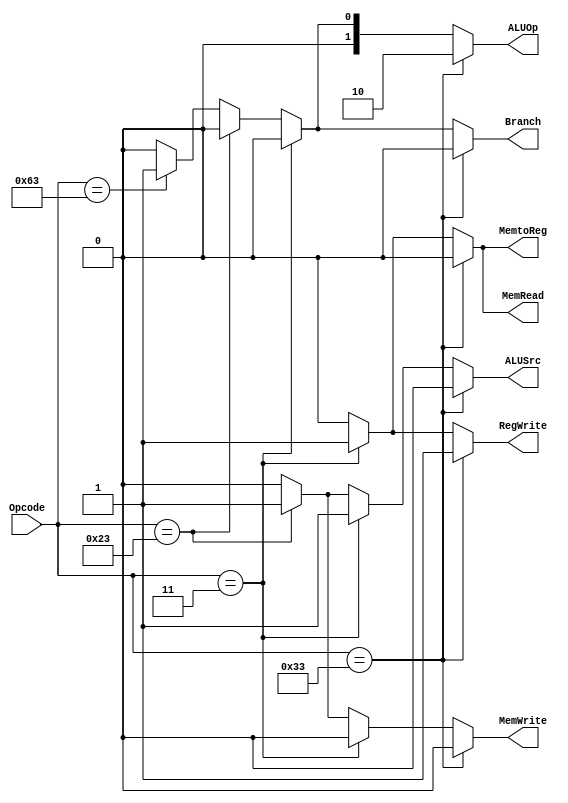
module Control_Unit
(
	input [6:0]Opcode,
	output reg Branch,
	output reg MemRead,
	output reg MemtoReg,
	output reg[1:0] ALUOp,
	output reg MemWrite,
	output reg ALUSrc,
	output reg RegWrite
);
always@(Opcode)
begin
	if (Opcode == 7'b0110011)
	begin
		ALUSrc = 1'b0;
		MemtoReg = 1'b0;
		RegWrite = 1'b1;
		MemRead = 1'b0;
		MemWrite = 1'b0;
		Branch = 1'b0;
		ALUOp = 2'b10;
	end
	
	else if (Opcode == 7'b0000011)
	begin
		ALUSrc = 1'b1;
		MemtoReg = 1'b1;
		RegWrite = 1'b1;
		MemRead = 1'b1;
		MemWrite = 1'b0;
		Branch = 1'b0;
		ALUOp = 2'b00;
	end

	else if (Opcode == 7'b0100011)
	begin
		ALUSrc = 1'b1;
		MemtoReg = 1'b0;
		RegWrite = 1'b0;
		MemRead = 1'b0;
		MemWrite = 1'b1;
		Branch = 1'b0;
		ALUOp = 2'b00;
	end

	else if (Opcode == 7'b1100011)
	begin
		ALUSrc = 1'b0;
		MemtoReg = 1'b0;
		RegWrite = 1'b0;
		MemRead = 1'b0;
		MemWrite = 1'b0;
		Branch = 1'b1;
		ALUOp = 2'b01;
	end

	else
	begin
		ALUSrc = 1'b0;
		MemtoReg = 1'b0;
		RegWrite = 1'b0;
		MemRead = 1'b0;
		MemWrite = 1'b0;
		Branch = 1'b0;
		ALUOp = 2'b00;
	end
end
endmodule